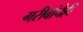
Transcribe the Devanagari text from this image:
गरीबांचेही